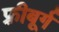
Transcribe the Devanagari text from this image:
फ़्रीबूर्ग